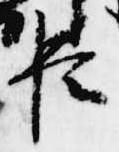
臣